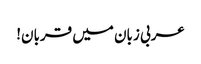
عربی زبان میں قربان!